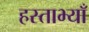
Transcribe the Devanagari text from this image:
हस्ताभ्याँ